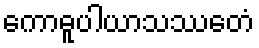
ကောဓူပါယာသဿေတံ